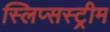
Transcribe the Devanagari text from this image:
स्लिप्सस्ट्रीम